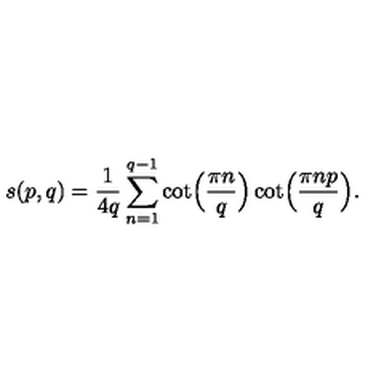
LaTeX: s ( p , q ) = { \frac { 1 } { 4 q } } \sum _ { n = 1 } ^ { q - 1 } \cot \Bigl ( { \frac { \pi n } { q } } \Bigr ) \cot \Bigl ( { \frac { \pi n p } { q } } \Bigr ) .